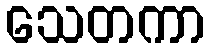
သေတကာ